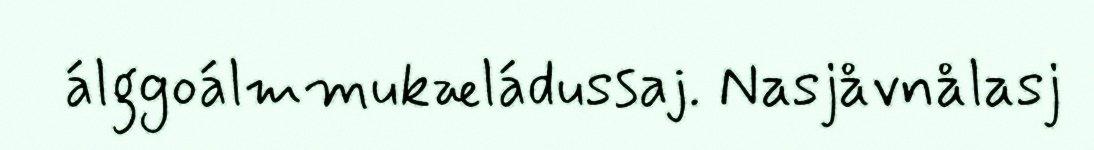
álggoálmmukæládussaj. Nasjåvnålasj